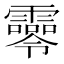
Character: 𩆖